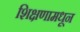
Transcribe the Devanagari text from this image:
शिक्षणामधून